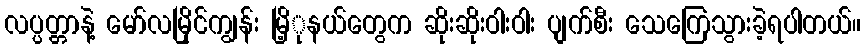
လပ္ပတ္တာနဲ့ မော်လမြိုင်ကျွန်း မြိ့ုနယ်တွေက ဆိုးဆိုးဝါးဝါး ပျက်စီး သေကြေသွားခဲ့ရပါတယ်။